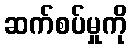
ဆက်စပ်မှုကို